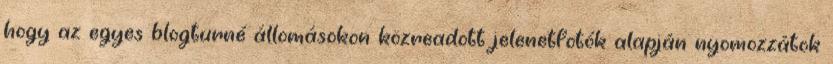
hogy az egyes blogturné állomásokon közreadott jelenetfotók alapján nyomozzátok